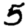
Digit: 5